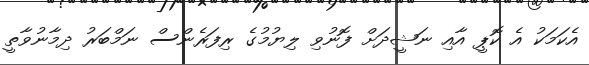
އެކަމަކު އެ ކޮޕީ އާއި ނަޝީދަށް ފޮނުވި ލިޔުމުގެ ރިފަރެންސް ނަމްބަރު ދިމާނުވާތީ